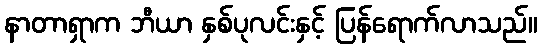
နာတာရှာက ဘီယာ နှစ်ပုလင်းနှင့် ပြန်ရောက်လာသည်။